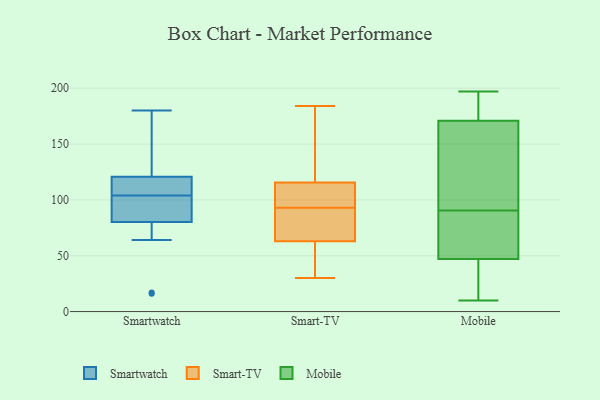
{"axis": {"x": "Customer Acquisition Cost (USD)", "y": "Value"}, "legend": ["Mobile", "Smart-TV", "Smartwatch"], "data": [{"x": "", "y": 137, "type": "Smartwatch"}, {"x": "", "y": 173, "type": "Smartwatch"}, {"x": "", "y": 104, "type": "Smartwatch"}, {"x": "", "y": 16, "type": "Smartwatch"}, {"x": "", "y": 64, "type": "Smartwatch"}, {"x": "", "y": 17, "type": "Smartwatch"}, {"x": "", "y": 111, "type": "Smartwatch"}, {"x": "", "y": 120, "type": "Smartwatch"}, {"x": "", "y": 115, "type": "Smartwatch"}, {"x": "", "y": 90, "type": "Smartwatch"}, {"x": "", "y": 101, "type": "Smartwatch"}, {"x": "", "y": 121, "type": "Smartwatch"}, {"x": "", "y": 77, "type": "Smartwatch"}, {"x": "", "y": 103, "type": "Smartwatch"}, {"x": "", "y": 180, "type": "Smartwatch"}, {"x": "", "y": 30, "type": "Smart-TV"}, {"x": "", "y": 111, "type": "Smart-TV"}, {"x": "", "y": 73, "type": "Smart-TV"}, {"x": "", "y": 87, "type": "Smart-TV"}, {"x": "", "y": 184, "type": "Smart-TV"}, {"x": "", "y": 63, "type": "Smart-TV"}, {"x": "", "y": 72, "type": "Smart-TV"}, {"x": "", "y": 107, "type": "Smart-TV"}, {"x": "", "y": 95, "type": "Smart-TV"}, {"x": "", "y": 63, "type": "Smart-TV"}, {"x": "", "y": 50, "type": "Smart-TV"}, {"x": "", "y": 48, "type": "Smart-TV"}, {"x": "", "y": 134, "type": "Smart-TV"}, {"x": "", "y": 49, "type": "Smart-TV"}, {"x": "", "y": 91, "type": "Smart-TV"}, {"x": "", "y": 131, "type": "Smart-TV"}, {"x": "", "y": 115, "type": "Smart-TV"}, {"x": "", "y": 116, "type": "Smart-TV"}, {"x": "", "y": 150, "type": "Smart-TV"}, {"x": "", "y": 99, "type": "Smart-TV"}, {"x": "", "y": 49, "type": "Mobile"}, {"x": "", "y": 171, "type": "Mobile"}, {"x": "", "y": 197, "type": "Mobile"}, {"x": "", "y": 181, "type": "Mobile"}, {"x": "", "y": 86, "type": "Mobile"}, {"x": "", "y": 141, "type": "Mobile"}, {"x": "", "y": 47, "type": "Mobile"}, {"x": "", "y": 95, "type": "Mobile"}, {"x": "", "y": 23, "type": "Mobile"}, {"x": "", "y": 10, "type": "Mobile"}]}